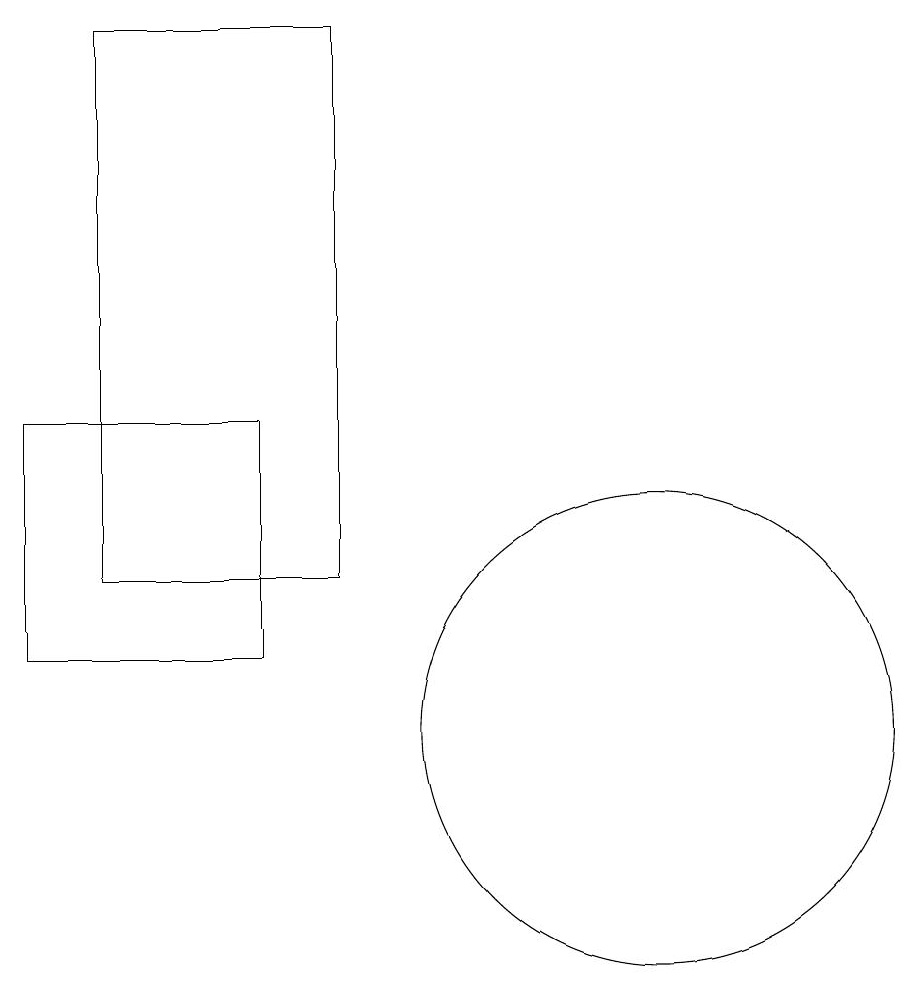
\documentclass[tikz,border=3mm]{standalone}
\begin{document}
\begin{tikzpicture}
\draw (3,12) rectangle (6,19);
\draw (10,10) circle (3);
\draw (5,11) rectangle (2,14);
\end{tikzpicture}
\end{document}